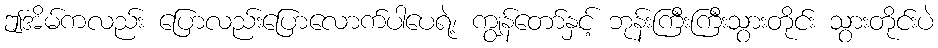
ဤအိမ်ကလည်း ပြောလည်းပြောလောက်ပါပေရဲ့၊ ကျွန်တော်နှင့် ဘုန်းကြီးကြီးသွားတိုင်း သွားတိုင်းပဲ